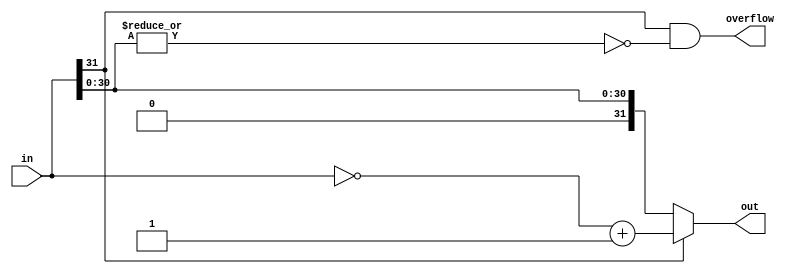
// This program was cloned from: https://github.com/aolofsson/oh
// License: MIT License

//#############################################################################
//# Function: Calculates absolute value of input                              #
//#############################################################################
//# Author:   Andreas Olofsson                                                #
//# License:  MIT (see LICENSE file in OH! repository)                        #
//#############################################################################

module oh_abs
  #(parameter N    = 32,        // block width
    parameter SYN  = "TRUE",    // synthesizable
    parameter TYPE = "DEFAULT"  // implementation type
    )
   (
    input [N-1:0]  in,       // input operand
    output [N-1:0] out,      // out = abs(in) (signed two's complement)
    output 	   overflow  // high for max negative #
    );

   generate
      if(SYN == "TRUE")  begin
	 assign out[N-1:0] = in[N-1] ? ~in[N-1:0] + 1'b1 : in[N-1:0];
	 assign overflow   = in[N-1] & ~(|in[N-2:0]);
      end
      else begin
	 asic_abs #(.TYPE(TYPE),
		    .N(N))
	 asic_abs(// Outputs
		  .out	    (out[N-1:0]),
		  .overflow (overflow),
		  // Inputs
		  .in	    (in[N-1:0]));
      end

   endgenerate
endmodule